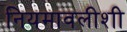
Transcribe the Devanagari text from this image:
नियमावलीशी